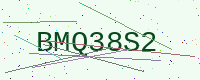
Text: BMQ38S2